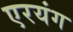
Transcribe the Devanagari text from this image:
एरयंग